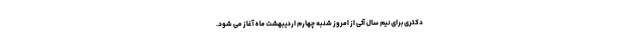
دکتری برای نیم سال آتی از امروز شنبه چهارم اردیبهشت ماه آغاز می شود.